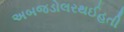
અબજડોલરથઈહતી